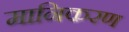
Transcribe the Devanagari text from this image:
मानिकरण